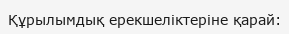
Құрылымдық ерекшеліктеріне қарай: